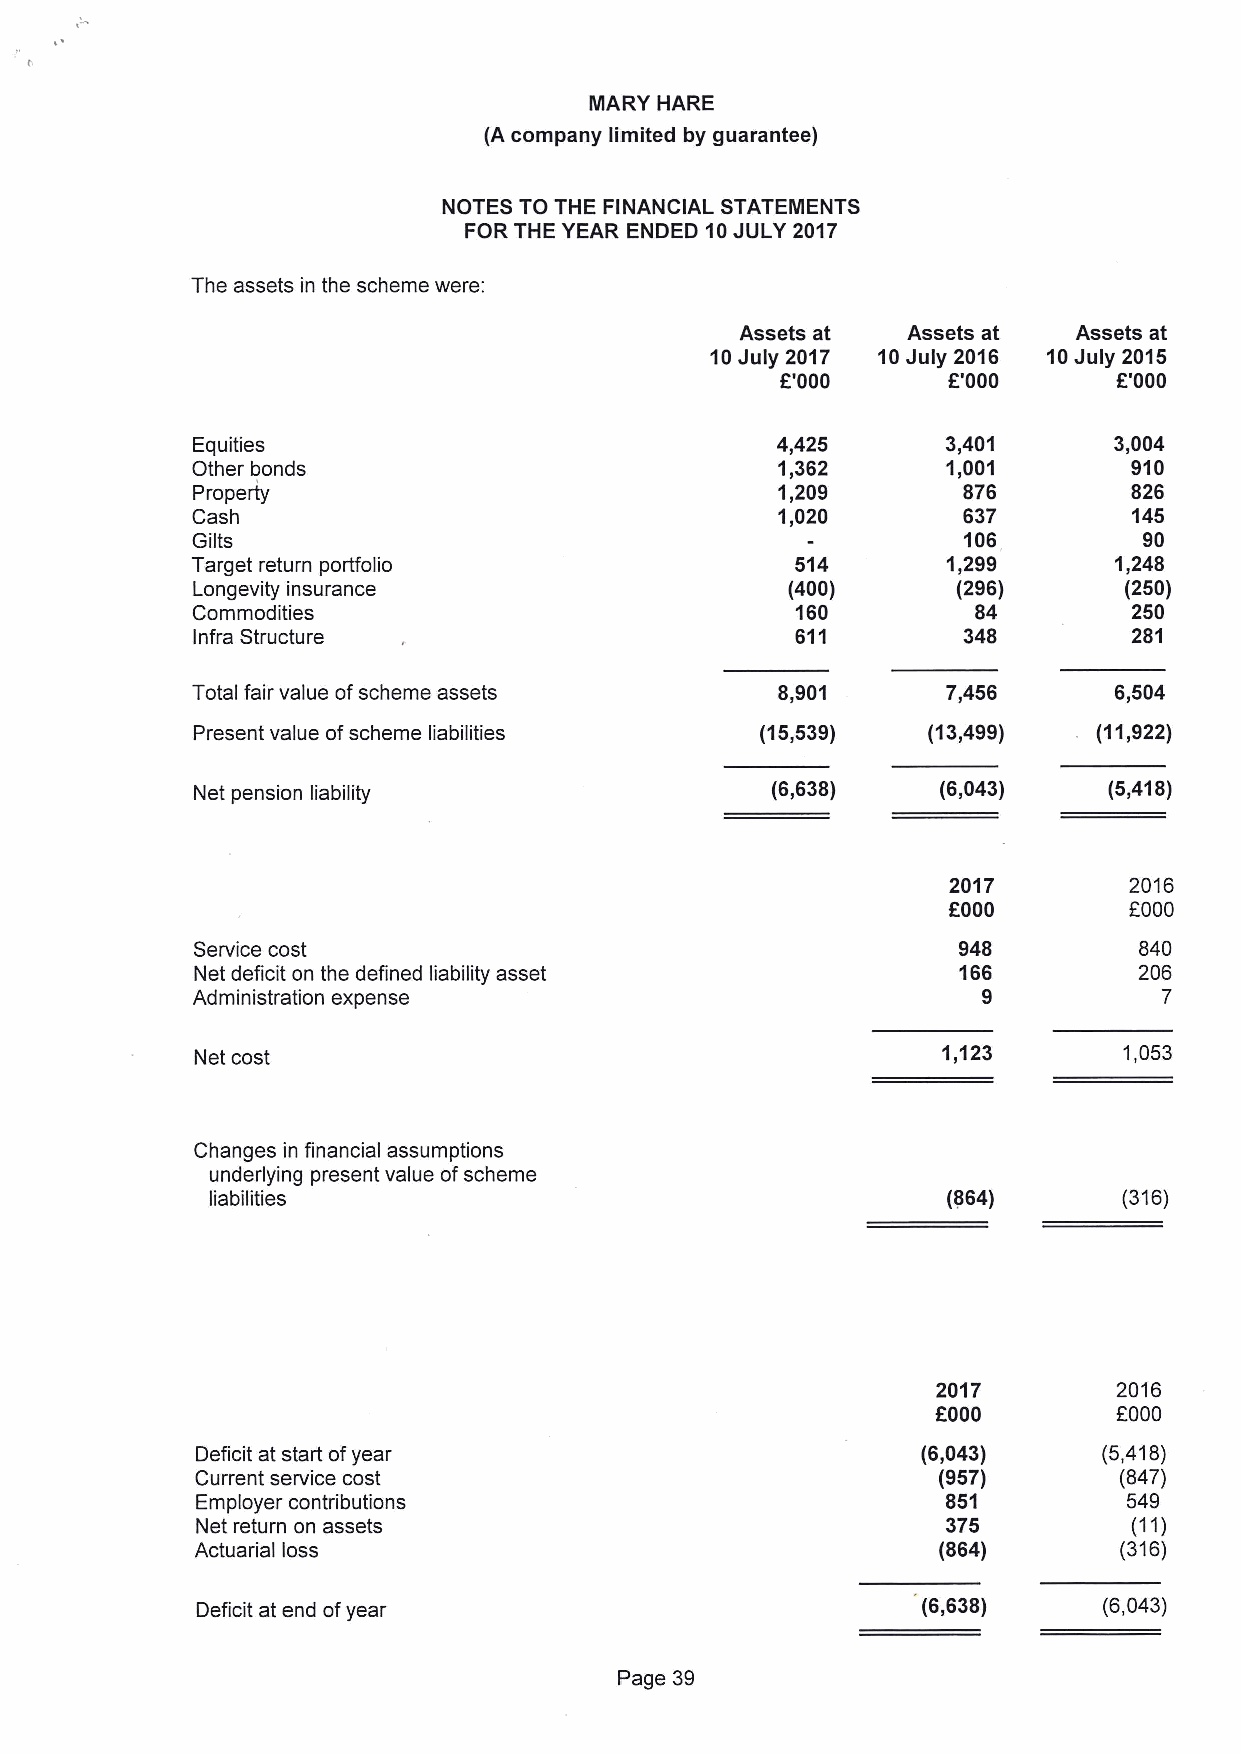
MARY HARE
 (A company limited by guarantee)
 NOTES TO THE FINANCIAL STATEMENTS
 FOR THE YEAR ENDED 10JULY 2017
 The assets in the scheme were:
 Assets at  Assets at  Assets at
 10July 2017 10July 2016 10July 2015
 E'000      F'000      K'000
 Equities                              4,425       3,401      3,004
 Other bonds                           1,362       1,001       910
 Property                              1,209        876        826
 Cash                                  1,020        637        145
 Gilts                                              106         90
 Target return portfolio                 514       1,299      1,248
 Longevity insurance                    (400)      (296)      (250)
 Commodities                             160         84        250
 Infra Structure                         611        348        281
 Total fair value ofscheme assets      8,901       7,456      6,504
 Present value ofscheme liabilities   (15,539)   (13,499)    (11,922)
 Net pension liability                 (6,638)    (6,043)    (5,418)
 2017        2016
 OOOO        FOOO
 Service cost                                      948         840
 Net deficit on the defined liability asset        166         206
 Administration expense                              9           7
 Net cost                                         1 123       1,053
 Changes in financial assumptions
 underlying present value ofscheme
 liabilities                                      (864)      (316)
 2017        2016
 FOOO        FOOO
 Deficit at start ofyear                         (6,043)     (5,418)
 Current service cost                             (957)       (847)
 Employer contributions                            851         549
 Net return on assets                              375         (11)
 Actuarial loss                                   (&64)       (316)
 Deficit at end ofyear                           (6,638)     (6,043)
 Page 39